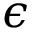
\epsilon